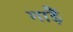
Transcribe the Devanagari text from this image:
गाड़ैं